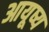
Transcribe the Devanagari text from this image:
आयूष्य